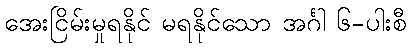
အေးငြိမ်းမှုရနိုင် မရနိုင်သော အင်္ဂါ ၆-ပါးစီ